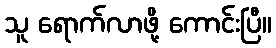
သူ ရောက်လာဖို့ ကောင်းပြီ။